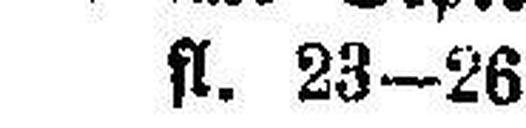
fl. 23—26